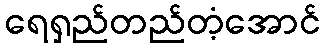
ရေရှည်တည်တံ့အောင်